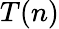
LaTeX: T(n)